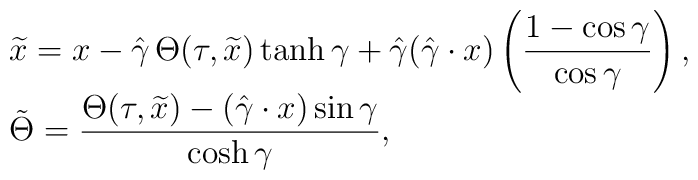
\begin{array}{c}\widetilde{x}=x-\displaystyle\hat{\gamma}\,{\Theta}(\tau,\widetilde{x})\tanh\gamma+\displaystyle\hat{\gamma}\big(\displaystyle\hat{\gamma}\cdot x\big)\left(\displaystyle\frac{1-\cos\gamma}{\cos\gamma}\right),\hfill\\[2.6mm]\tilde{\Theta}=\displaystyle\frac{\Theta(\tau,\widetilde{x})-(\hat{\gamma}\cdot x)\sin\gamma}{\cosh\gamma},\hfill\end{array}